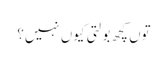
توں کچھ بولتی کیوں نہیں؟